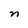
Character: n